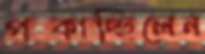
পট্‌কাচ্ছিলেন